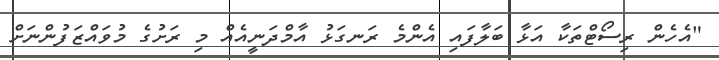
"އެހެން ރިސޯޓްތަކާ އަޅާ ބަލާފައި އެންމެ ރަނގަޅު އާމްދަނީއެއް މި ރަށުގެ މުވައްޒަފުންނަށް